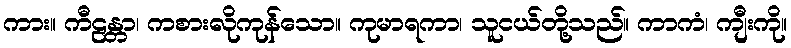
ကား။ ကီဠန္တာ၊ ကစားလိုကုန်သော။ ကုမာရကာ၊ သူငယ်တို့သည်။ ကာကံ၊ ကျီးကို။